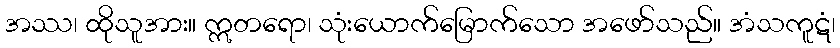
အဿ၊ ထိုသူအား။ ဣတရော၊ သုံးယောက်မြောက်သော အဖော်သည်။ အံသကူဋံ၊